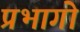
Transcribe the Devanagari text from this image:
प्रभागो